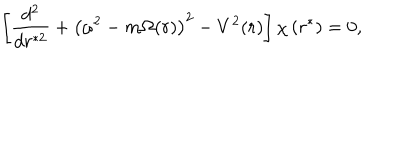
\left[ \frac { d ^ { 2 } } { d r ^ { * 2 } } + \left( \omega ^ { 2 } - m \Omega ( r ) \right) ^ { 2 } - V ^ { 2 } ( r ) \right] \chi \left( r ^ { * } \right) = 0 ,